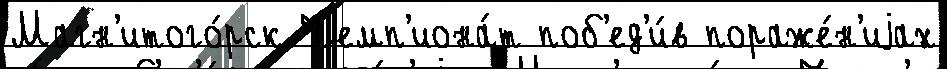
Магн'итого́рск Чемп'иона́т поб'ед'и́в пораже́н'иjах